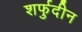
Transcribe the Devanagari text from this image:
शर्फुदीन